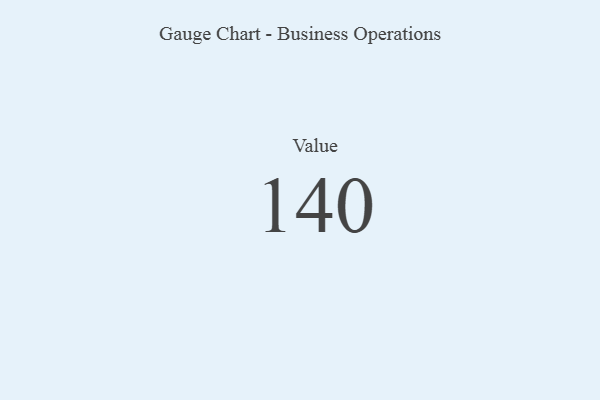
{"axis": {"x": "Metric", "y": "Value"}, "legend": [""], "data": [{"x": "Value", "y": 140, "type": ""}]}